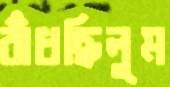
বাঁধছিলুম